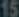
15